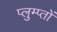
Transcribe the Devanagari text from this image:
प्लुम्प्तों